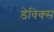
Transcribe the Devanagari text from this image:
डेविक्स